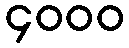
၄၀၀၀